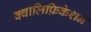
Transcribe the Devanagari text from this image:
क्वालिफ़िकेशन